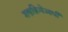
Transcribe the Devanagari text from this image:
शस्त्रक्रियेआधी